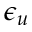
\epsilon _ { u }